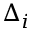
\Delta _ { i }